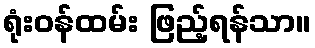
ရုံးဝန်ထမ်း ဖြည့်ရန်သာ။